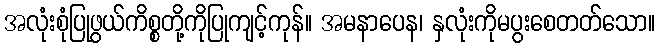
အလုံးစုံပြုဖွယ်ကိစ္စတို့ကိုပြုကျင့်ကုန်။ အမနာပေန၊ နှလုံးကိုမပွးစေတတ်သော။